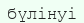
бүлінуі